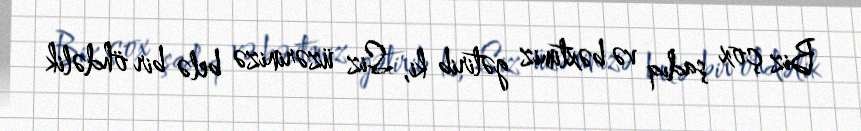
Biz çox şadıq və bəxtimiz gətirib ki, Siz üzərinizə belə bir öhdəlik